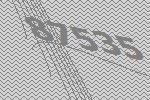
87535